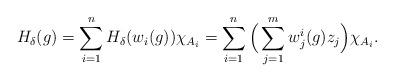
LaTeX: \begin{align*} H_\delta (g)= \sum_{i=1}^n H_\delta (w_i(g)) \chi_{A_i} =\sum_{i=1}^n \Big( \sum_{j=1}^mw_j^i(g) z_j \Big) \chi_{A_i}.\end{align*}